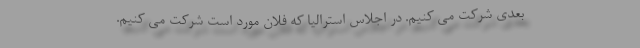
بعدی شرکت می کنیم. در اجلاس استرالیا که فلان مورد است شرکت می کنیم.